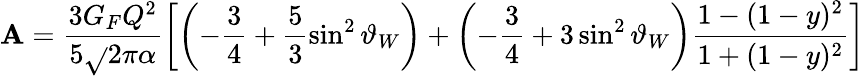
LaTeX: \mathbf{A}=\frac{{3G_{F}Q^{2}}}{{5\sqrt{}{2}\pi\alpha}}\left[\left(-\frac{{3}}{{4}}+\frac{{5}}{{3}}\sin^{2}\vartheta_{W}\right)+\left(-\frac{{3}}{{4}}+3\sin^{2}\vartheta_{W}\right)\frac{{1-(1-y)^{2}}}{{1+(1-y)^{2}}}\right]